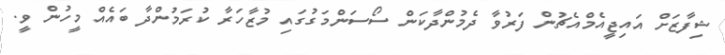
ޝިފާޒަށް އައިޖީއެމްއެޗުން ފަރުވާ ދެމުންދާކަން ސޯސަންމަގުގައި މުޒާހަރާ ކުރަމުންދާ ބައެއް މީހުން ވީ.